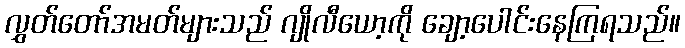
လွှတ်တော်အမတ်များသည် ဂျိုလီယော့ကို ချော့ပေါင်းနေကြရသည်။